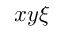
x y \xi